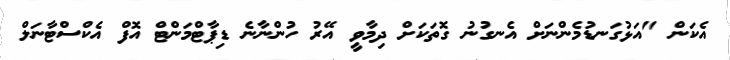
އެކަން "އަޅުގަނޑުމެންނަށް އެނގުނު ގޮތަކަށް ދިމާވީ އޭރު ހުންނާނެ ޑިޕާޓްމަންޓް އޮފް އެކްސްޓާނަލް